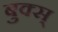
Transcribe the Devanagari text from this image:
बुक्स्